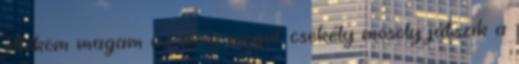
ellököm magam az üveg mögül, csekély mosoly játszik a